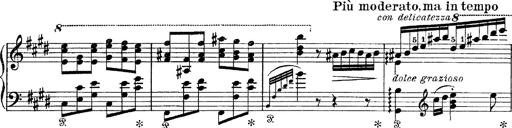
Title: Tarantelle di bravura dâ€™aprÃ¨s la tarantelle de La muette de Portici
Composer: Franz Liszt